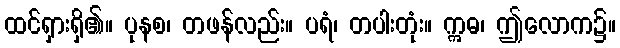
ထင်ရှားရှိ၏။ ပုနစ၊ တဖန်လည်း။ ပရံ၊ တပါးတုံး။ ဣဓ၊ ဤလောက၌။